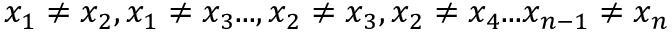
x _ { 1 } \neq x _ { 2 } , x _ { 1 } \neq x _ { 3 } . . . , x _ { 2 } \neq x _ { 3 } , x _ { 2 } \neq x _ { 4 } . . . x _ { n - 1 } \neq x _ { n }